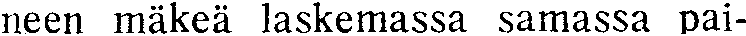
neen mäkeä laskemassa samassa pai-